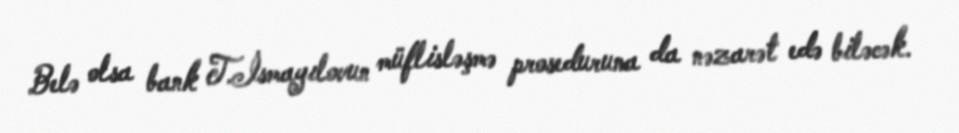
Belə olsa bank T.İsmayılovun müflisləşmə proseduruna da nəzarət edə biləcək.